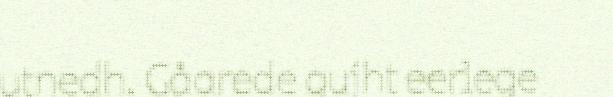
utnedh. Gåarede gujht eerlege